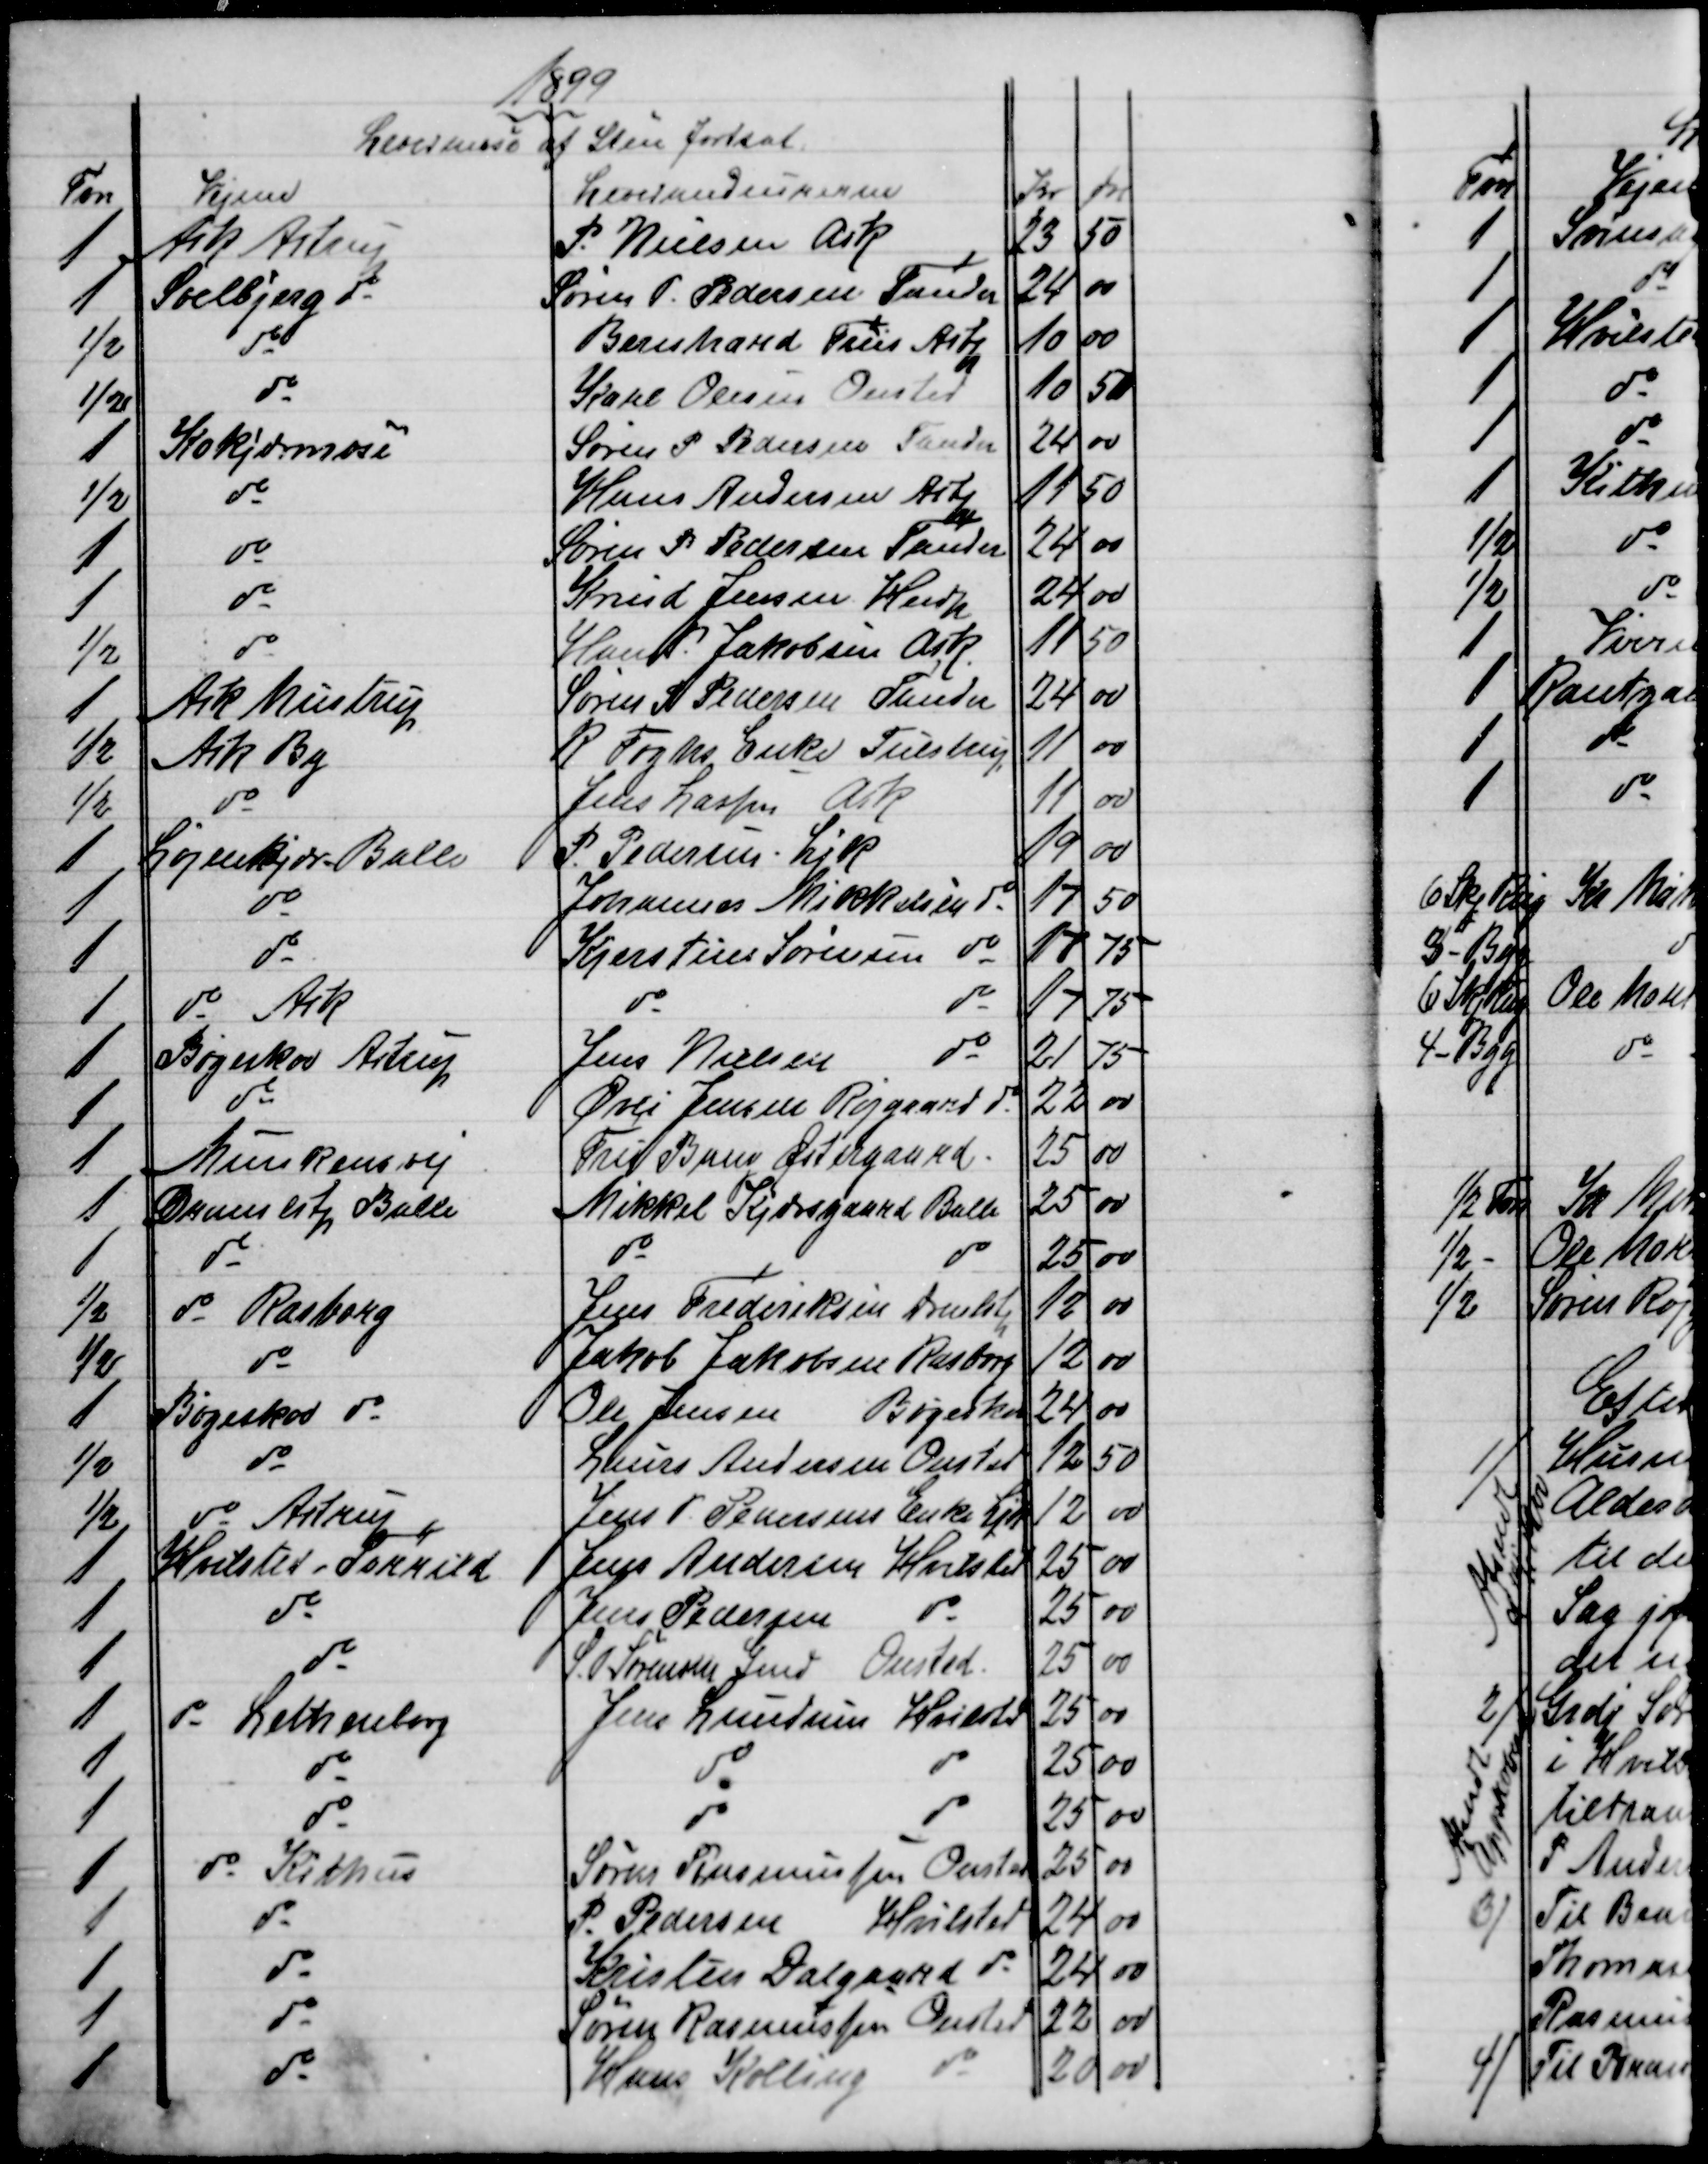
Transskription:
1899
Leverance af Sten fortsat.
Fvn
Vejene
Leverandeurerne
Kr
Øre
1
Ask  Astrup
P. Nielsen Ask
23
50
1
Soelbjerg do
Søren P. Pedersen Tander
24
00
½
do
Bernhard Friis Astp
10
00
½
do
Karl Olesen Onsted
10
50
1
Kokjærmose
Søren P Pedersen Tander
24
00
½
do
Hans Andersen Astp
11
50
1
do
Søren P. Pedersen Tander
24
00
1
do
Knud Jensen Hndp
24
00
½
do
Hans P. Jakobsen Ask
11
50
1
Ask Mustrup
Søren P Pedersen Tander
24
00
½
Ask By
R Foghs Enke Tulstrup
11
00
½
do
Jens Larsen Ask
11
00
1
Løjenkjær Balle
P. Pedersen Ljk
19
00
1
do
Johannes Mikkelsen do
17
50
1
do
Kjerstine Sørensen do
17
75
1
do Ask
do
do
17
75
1
Bøgeskov  Astrup
Jens Nielsen
do
21
75
1
do
Øvli Jensen Røjgaard  do
22
00
1 
Munkensvej
Fru Bang Østergaard
25
00
1
Dramlstp  Balle
Mikkel Kjærsgaard Balle
25
00
1
do
do
do
25
00
½
do Rasborg
Jens Frederiksen Dramlstp
12
00
½
do
Jakob Jakobsen Rasborg
12
00
1
Bøgeskov do
Ole Jensen Bøgeskov
24
00
½
do
Laurs Andersen Onsted
12
50
½
do Astrup
Jens P. Pedersens Enke Ljk
12
00
1
Hvilsted Torrild
Jens Andersen Hvilsted
25
00
1
do
Jens Pedersen
do
25
00
1
do
 S. P. Sørensen Gmd
Onsted
25
00
1
do Lethenborg
Jens Lundum Hvilsted
25
00
1
do
do
do
25
00
1
do
do
do
25
00
1
do Kithus
Søren Rasmussen Onsted
25
00
1
do
P. Pedersen Hvilsted
24
00
1
do
Kristen Dalgaard do
24
00
1
do
Søren Rasmussen Onsted
22
00
1
do
Hans Kolling
do
20 
00